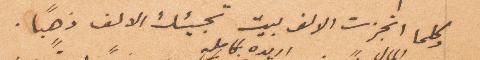
وكلما أنجزت الالف بيت تجيئك الألف ذهبًا.